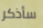
سأذكر